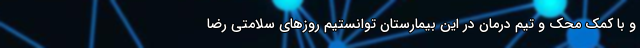
و با کمک محک و تیم درمان در این بیمارستان توانستیم روزهای سلامتی رضا